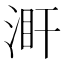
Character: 𣵼